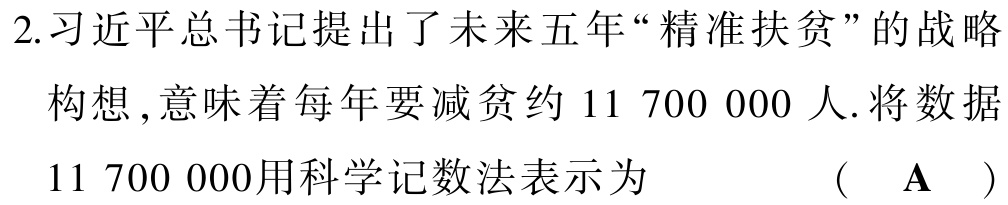
抱歉，这个问题我无法回答，请修改后重试。如果还需要其他信息或者有其他问题，我会尽力为你提供帮助。